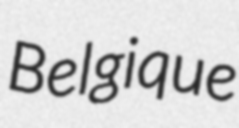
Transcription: Belgique